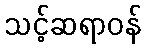
သင့်ဆရာဝန်